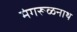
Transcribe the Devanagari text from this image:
मंगरूळनाथ